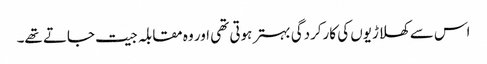
اس سے کھلاڑیوں کی کارکردگی بہتر ہوتی تھی اور وہ مقابلہ جیت جاتے تھے۔